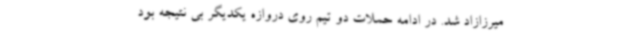
میرزازاد شد. در ادامه حملات دو تیم روی دروازه یکدیگر بی نتیجه بود